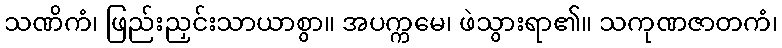
သဏိကံ၊ ဖြည်းညှင်းသာယာစွာ။ အပက္ကမေ၊ ဖဲသွားရာ၏။ သကုဏဇာတကံ၊